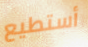
أستطيع